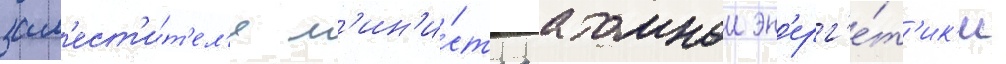
зам'ест'и́т'ел'я м'ин'и́стра атомнои эн'ерг'е́т'ик'и